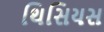
થિસિયસ